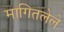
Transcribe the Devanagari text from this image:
मागितलेले